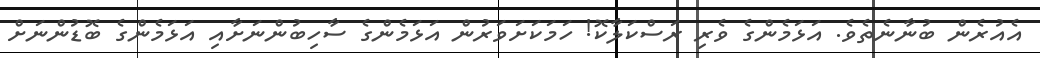
އެއުރެން ބުނާނެތެވެ. އަޅަމެންގެ ވެރި ރަސްކަލާކޮ! ހަމަކަށަވަރުން އަޅަމެންގެ ސާހިބުންނަށާއި އަޅަމެންގެ ބޮޑުންނަށް